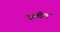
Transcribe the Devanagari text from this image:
स्काॅच